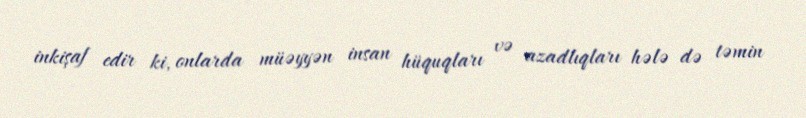
inkişaf edir ki, onlarda müəyyən insan hüquqları və azadlıqları hələ də təmin